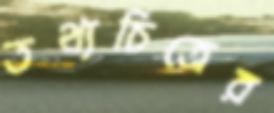
তথ্যচিত্রের